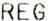
REG